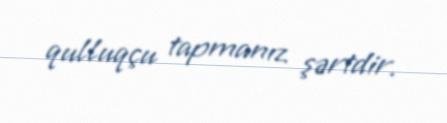
qulluqçu tapmanız şərtdir.